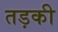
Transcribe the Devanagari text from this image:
तड़की